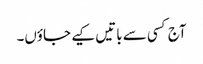
آج کسی سے باتیں کیے جاؤں۔